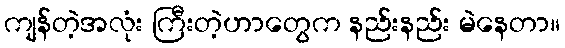
ကျန်တဲ့အလုံး ကြီးတဲ့ဟာတွေက နည်းနည်း မဲနေတာ။